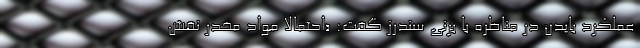
عملکرد بایدن در مناظره با برنی سندرز گفت: «احتمالاً مواد مخدر نقش